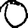
Digit: 0